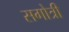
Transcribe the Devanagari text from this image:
सगोत्री